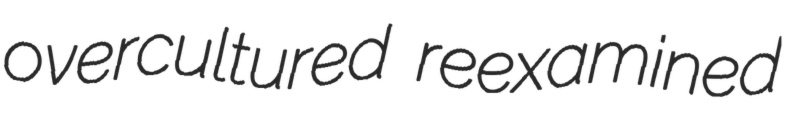
overcultured reexamined